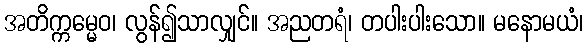
အတိက္ကမ္မေဝ၊ လွန်၍သာလျှင်။ အညတရံ၊ တပါးပါးသော။ မနောမယံ၊